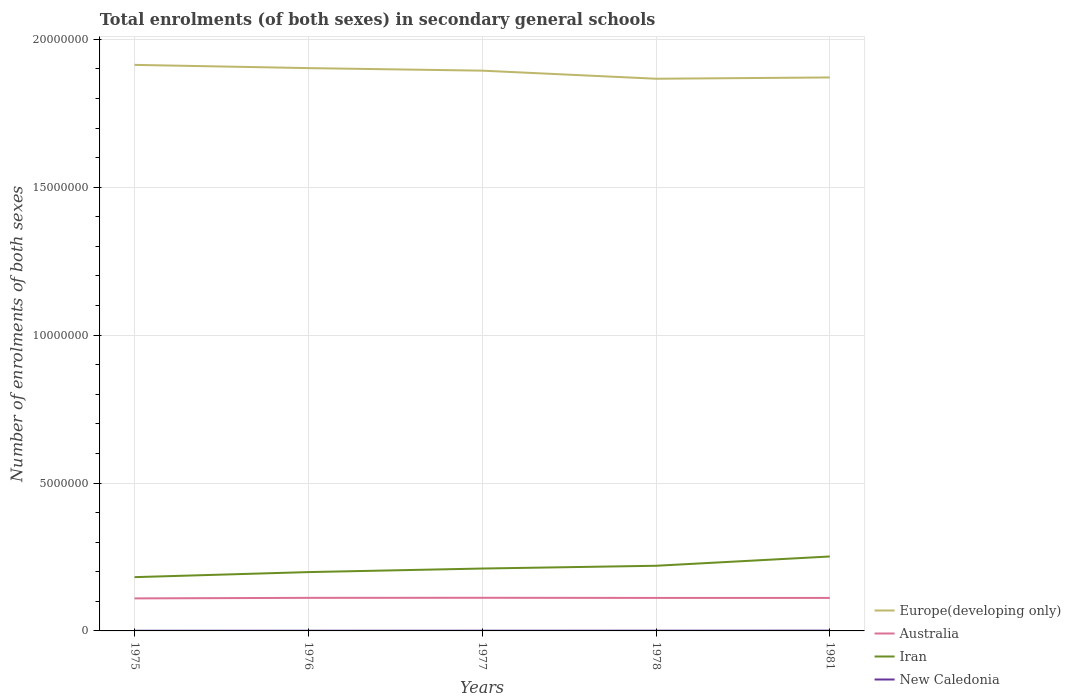
| Years | Europe(developing only) | Australia | Iran | New Caledonia |
 | --- | --- | --- | --- | --- |
 | 1975 | 1.91e+07 | 1.1e+06 | 1.82e+06 | 5.6e+03 |
 | 1976 | 1.9e+07 | 1.12e+06 | 1.99e+06 | 6.41e+03 |
 | 1977 | 1.89e+07 | 1.12e+06 | 2.11e+06 | 7.27e+03 |
 | 1978 | 1.87e+07 | 1.12e+06 | 2.2e+06 | 7.95e+03 |
 | 1981 | 1.87e+07 | 1.12e+06 | 2.52e+06 | 1.01e+04 |